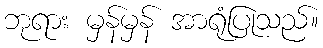
ဘုရား မှန်မှန် အာရုံပြုသည်။